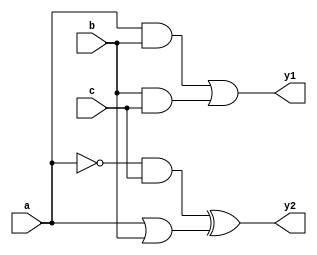
module combinational_logic (
    input wire a,              // Input signal a
    input wire b,              // Input signal b
    input wire c,              // Input signal c
    output reg y1,             // Output signal y1
    output reg y2              // Output signal y2
);

    // Always block sensitive to changes in inputs a, b, and c
    always @(*) begin
        // Continuous assignment using `=` operator
        y1 = (a & b) | (b & c);  // y1 is true if a and b are true or if b and c are true
        y2 = (~a & c) ^ (a | b); // y2 is true if (not a and c) XOR (a OR b)
    end

endmodule